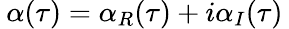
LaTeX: \: \alpha(\tau)=\alpha_{R}(\tau)+i\alpha_{I}(\tau)\: